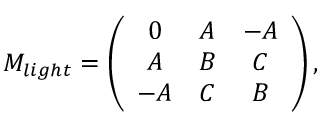
M _ { l i g h t } = \left( \begin{array} { c c c } { { 0 } } & { { A } } & { { - A } } \\ { { A } } & { { B } } & { { C } } \\ { { - A } } & { { C } } & { { B } } \end{array} \right) ,